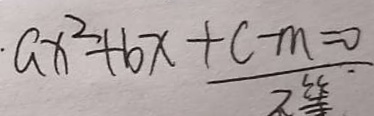
\cdot a x ^ { 2 } + b x + c - m = 0